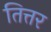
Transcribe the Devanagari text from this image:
तित्तर